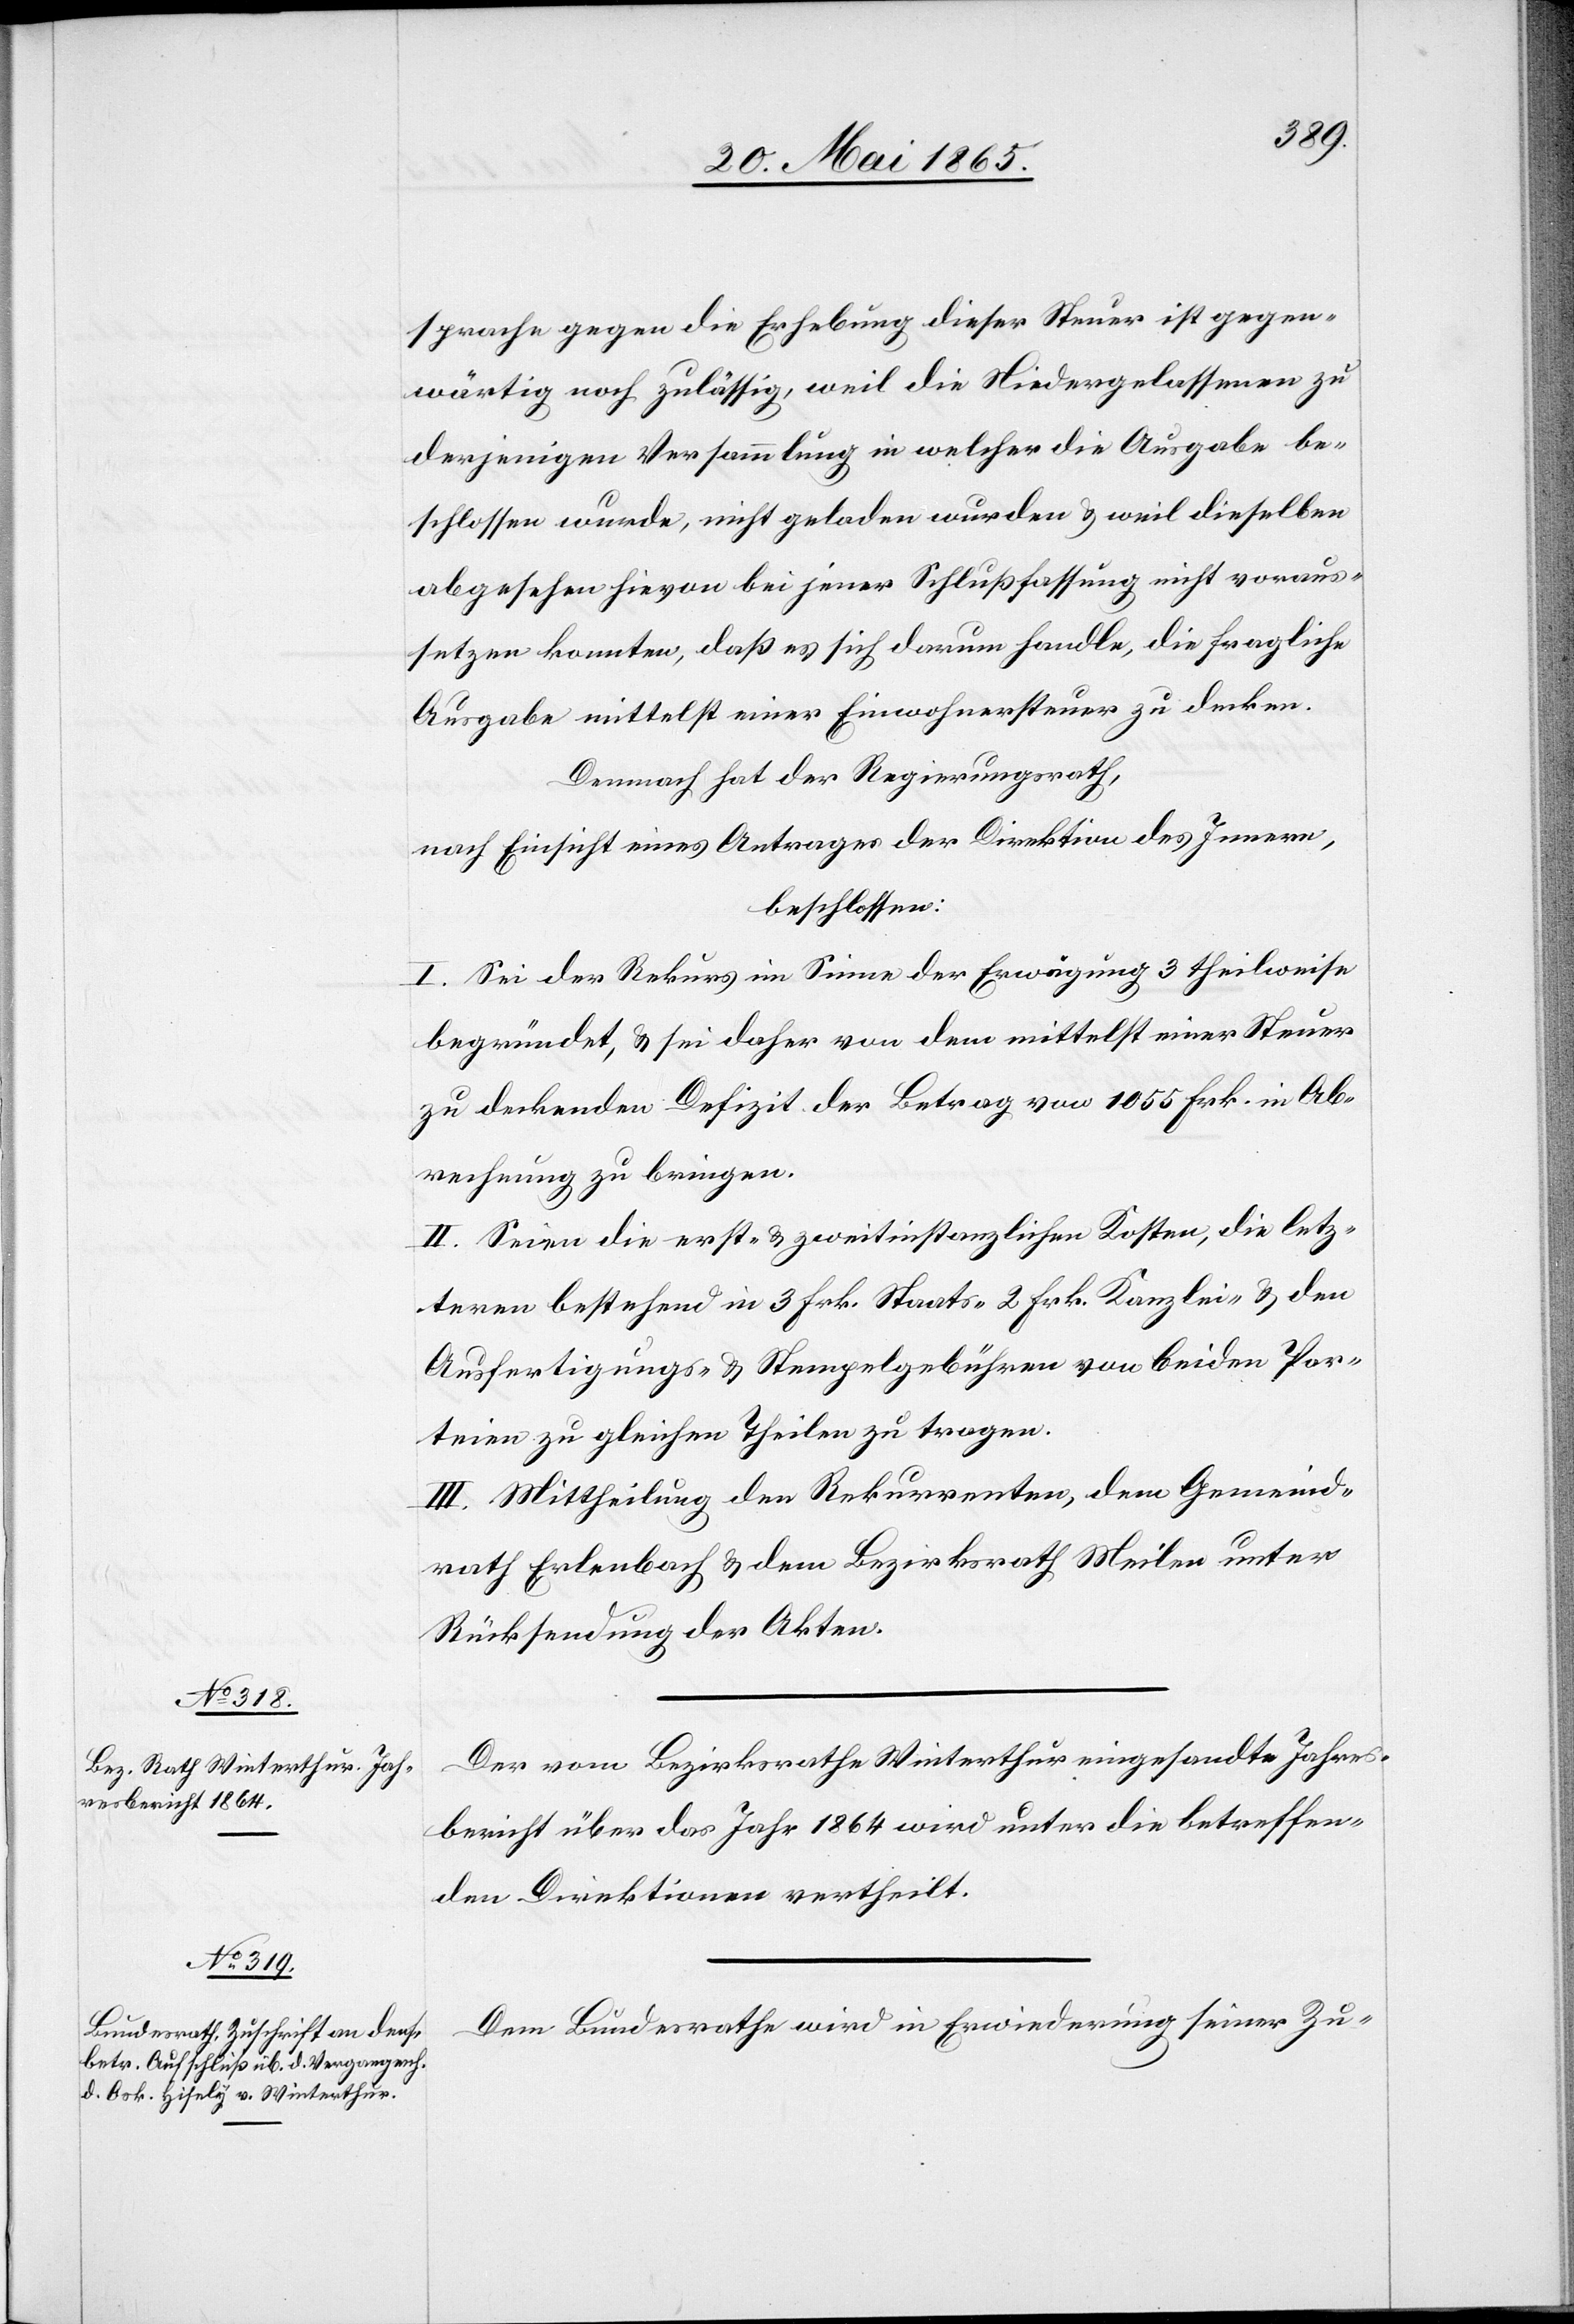
sprache gegen die Erhebung dieser Steuer ist gegen¬
wärtig noch zulässig, weil die Niedergelassenen zu
derjenigen Versammlung in welcher die Ausgabe be¬
schlossen wurde, nicht geladen wurden & weil dieselben
abgesehen hievon bei jener Schlußfassung nicht voraus¬
setzen konnten, daß es sich darum handle, die fragliche
Ausgabe mittelst einer Einwohnersteuer zu decken.
Demnach hat der Regierungsrath,
nach Einsicht eines Antrages der Direktion des Innern,
beschlossen:
I. Sei der Rekurs im Sinne der Erwägung 3 theilweise
begründet, & sei daher von dem mittelst einer Steuer
zu deckenden Defizit der Betrag von 1055 Frk. in Ab¬
rechnung zu bringen.
II. Seien die erst- & zweitinstanzlichen Kosten, die letz¬
teren bestehend in 3 Frk. Staats-[,] 2 Frk. Kanzlei- & den
Ausfertigungs- & Stempelgebühren von beiden Par¬
teien zu gleichen Theilen zu tragen.
III. Mittheilung den Rekurrenten, dem Gemeind¬
rath Erlenbach & dem Bezirksrath Meilen unter
Rücksendung der Akten.
Der vom Bezirksrathe Winterthur eingesandte Jahres¬
bericht über das Jahr 1864 wird unter die betreffen¬
den Direktionen vertheilt.
Dem Bundesrathe wird in Erwiederung seiner Zu-